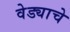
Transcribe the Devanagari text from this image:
वेड्याचे